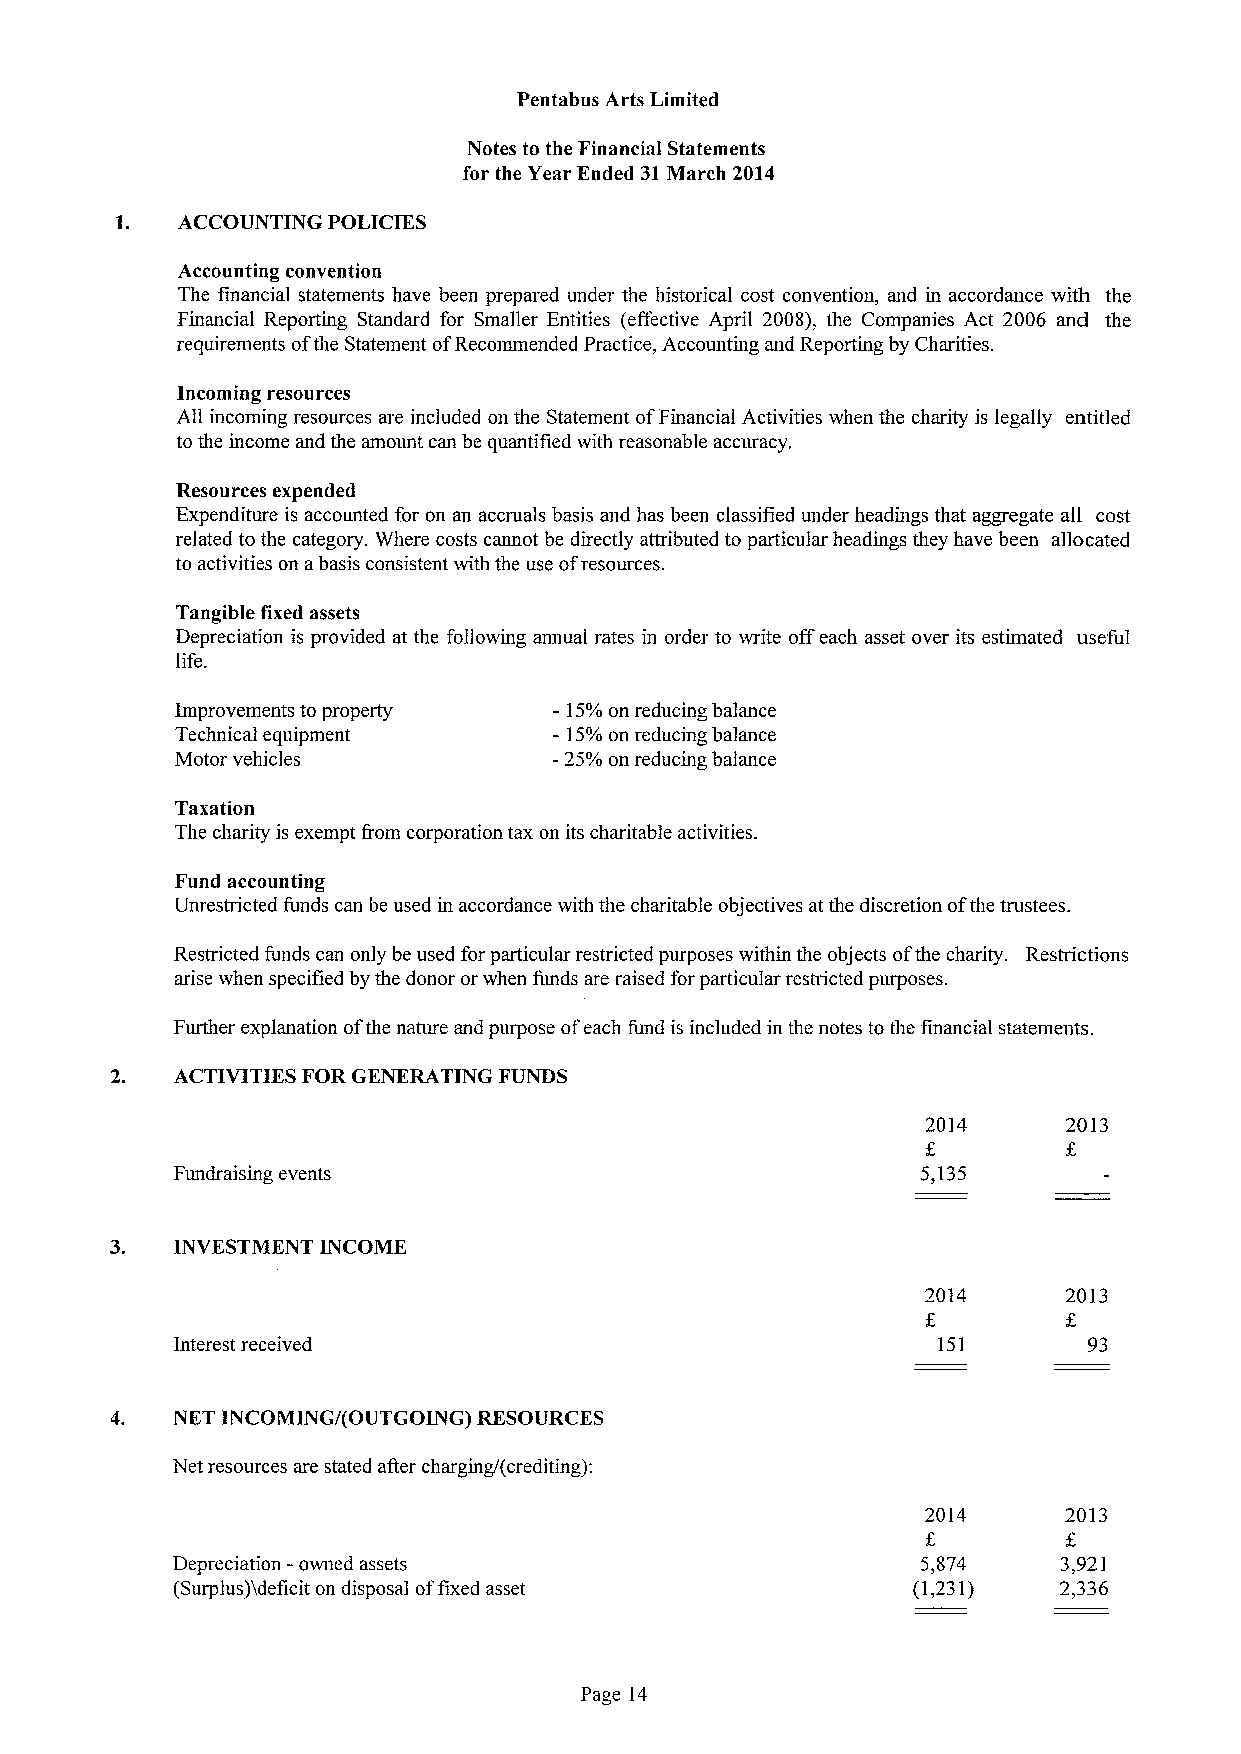
Pentabus Arts Limited
 Notes to the Financial Statements
 for the Year Ended 31March 2014
 1.  ACCOUNTING POLICIES
 Accounting convention
 The financial statements have been prepared under the historical cost convention, and in accordance with the
 Financial Reporting Standard for Smaller Entities (effective April 2008), the Companies Act 2006 and the
 requirements ofthe Statement ofRecommended Practice, Accounting and Reporting by Charities.
 Incoming resources
 All incoming resources are included on the Statement ofFinancial Activities when the charity is legally entitled
 to the income and the amount can be quantified with reasonable accuracy.
 Resources expended
 Expenditure is accounted for on an accruals basis and has been classified under headings that aggregate all cost
 related to the category. Where costs cannot be directly attributed to particular headings they have been allocated
 to activities on abasis consistent with the use ofresources.
 Tangible fixed assets
 Depreciation is provided at the following annual rates in order to write offeach asset over its estimated useful
 life.
 Improvements to property —15%on reducing balance
 Technical equipment      - 15%on reducing balance
 Motor vehicles           -25%on reducing balance
 Taxation
 The charity is exempt from corporation tax on its charitable activities.
 Fund accounting
 Unrestricted funds can be used in accordance with the charitable objectives at the discretion ofthe trustees.
 Restricted funds can only be used for particular restricted purposes within the objects ofthe charity. Restrictions
 arise when specified by the donor orwhen funds are raised for particular restricted purposes.
 Further explanation ofthe nature and purpose ofeach fund is included in the notes to the financial statements.
 ACTIVITIES FOR GENERATING FUNDS
 20]4      2013
 Fundraising events                                5,135
 3.  INVESTMENT INCOME
 2014     2013
 Interest received                                  151       93
 4.  NET INCOMING/(OUTGOING) RESOURCES
 Net resources are stated after charging/(crediting):
 2014     2013
 Depreciation -owned assets                        5,874    3,92]
 (Surplus)deficit on disposal offixed asset       (1,231)   2,336
 Page 14